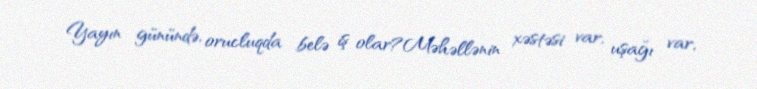
Yayın günündə, orucluqda belə iş olar?Məhəllənin xəstəsi var, uşağı var,